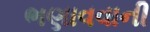
ભણાવવાની